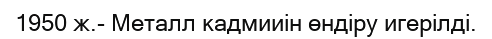
1950 ж.- Металл кадмииін өндіру игерілді.